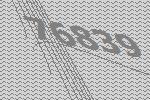
76839